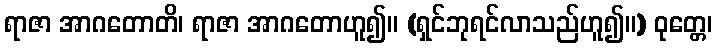
ရာဇာ အာဂတောတိ၊ ရာဇာ အာဂတောဟူ၍။ (ရှင်ဘုရင်လာသည်ဟူ၍။) ဝုတ္တေ၊